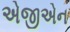
એજીએન